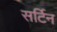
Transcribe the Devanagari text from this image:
सर्टिन